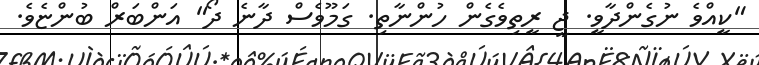
"ކީއްވެ ނުގެންދާވީ. ޖީ ރީތިވެގެން ހުންނާތި. ގަމޫވެސް ދާނެ ދޯ" އަންބަރް ބުންޏެވެ.